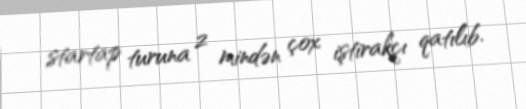
startap turuna 2 mindən çox iştirakçı qatılıb.